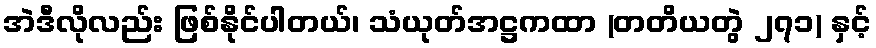
အဲဒီလိုလည်း ဖြစ်နိုင်ပါတယ်၊ သံယုတ်အဋ္ဌကထာ (တတိယတွဲ ၂၇၁) နှင့်